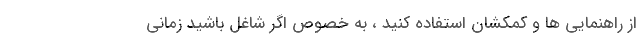
از راهنمایی ها و کمکشان استفاده کنید ، به خصوص اگر شاغل باشید زمانی